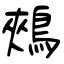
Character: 鵊